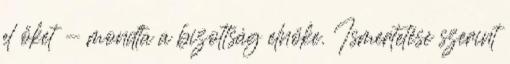
el őket - mondta a bizottság elnöke. Ismertetése szerint